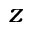
z